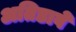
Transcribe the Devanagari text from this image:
अतिडावे